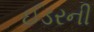
ઈડરની